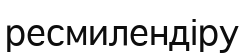
ресмилендіру